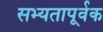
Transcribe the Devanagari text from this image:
सभ्यतापूर्वक